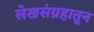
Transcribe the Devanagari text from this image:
लेखसंग्रहातून